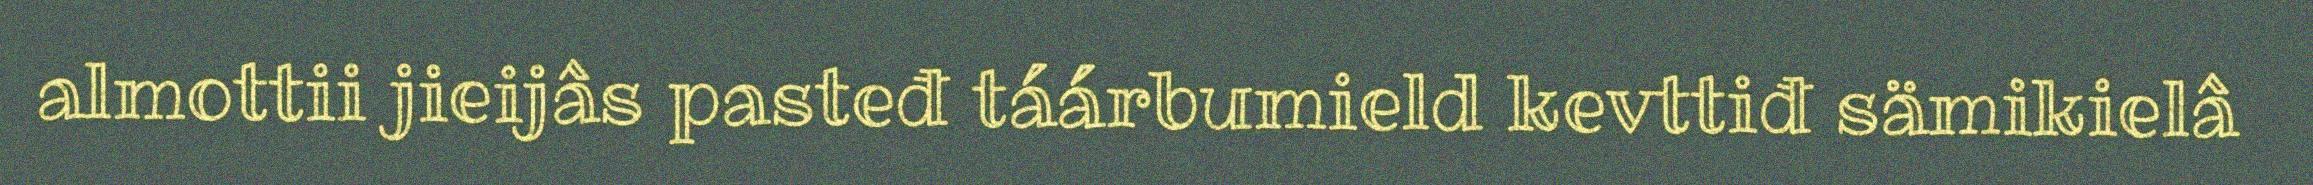
almottii jieijâs pasteđ táárbumield kevttiđ sämikielâ